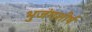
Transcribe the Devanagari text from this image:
भुजंगशीर्ष